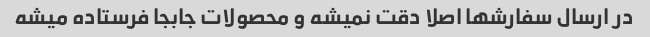
در ارسال سفارشها اصلا دقت نمیشه و محصولات جابجا فرستاده میشه